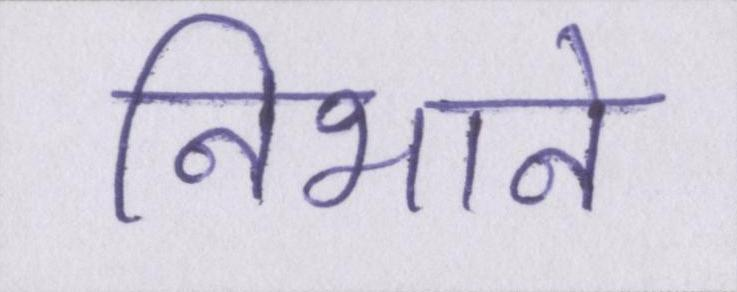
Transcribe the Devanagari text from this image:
निभाने